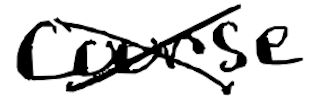
Text: course
Cross-out: cross
Writing tool: digital_black